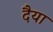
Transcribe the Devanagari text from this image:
दैया